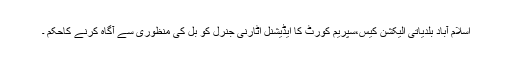
اسلام آباد بلدیاتی الیکشن کیس،سپریم کورٹ کا ایڈیشنل اٹارنی جنرل کو بل کی منظوری سے آگاہ کرنے کاحکم ۔